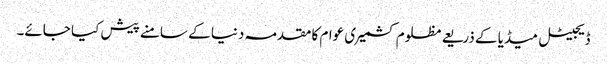
ڈیجیٹل میڈیا کے ذریعے مظلوم کشمیری عوام کا مقدمہ دنیا کے سامنے پیش کیا جائے۔